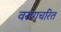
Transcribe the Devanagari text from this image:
वरांगचरित